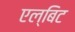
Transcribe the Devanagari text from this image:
एल्बिट